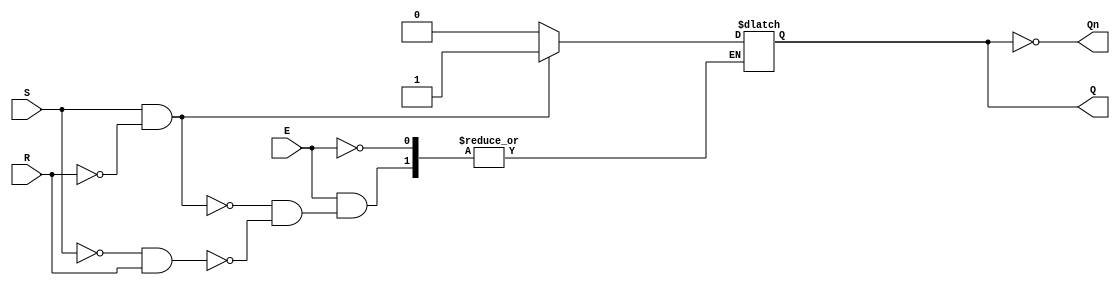
module gated_sr_latch (
    input wire S,      // Set input
    input wire R,      // Reset input
    input wire E,      // Enable input
    output reg Q,      // Output Q
    output wire Qn     // Complementary output Q'
);

// Complementary output
assign Qn = ~Q;

// Always block to implement the gated SR latch behavior
always @(S, R, E) begin
    if (E) begin
        if (S && ~R) begin
            Q <= 1'b1; // Set state
        end else if (~S && R) begin
            Q <= 1'b0; // Reset state
        end
        // If S = 0 and R = 0, retain previous state (memory state)
        // If S = 1 and R = 1, this state is considered invalid and should be avoided
    end
    // When E = 0, the latch retains its previous state (handled by not updating Q)
end

endmodule